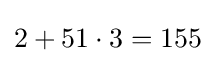
2+51\cdot 3=155